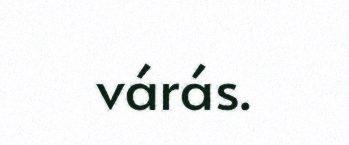
várás.